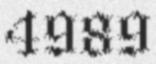
4989